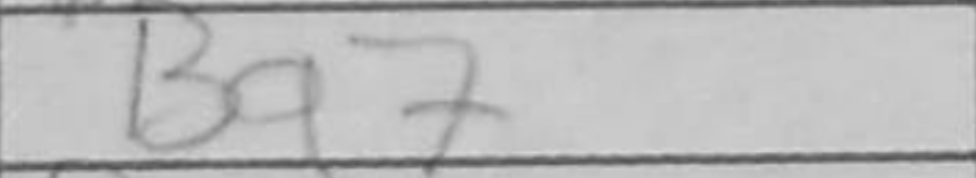
Transcription: Bg7